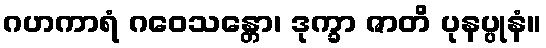
ဂဟကာရံ ဂဝေသန္တော၊ ဒုက္ခာ ဇာတိ ပုနပ္ပုနံ။